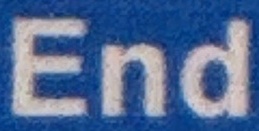
End